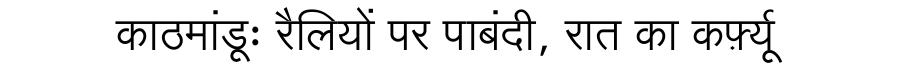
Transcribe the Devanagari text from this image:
काठमांडूः रैलियों पर पाबंदी, रात का कर्फ़्यू